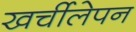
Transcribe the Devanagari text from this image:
खर्चीलेपन